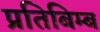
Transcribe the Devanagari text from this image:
प्रतिबिम्‍ब